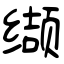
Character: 缬